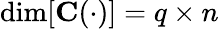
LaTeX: \dim[\mathbf{C}(\cdot)]=q\times n